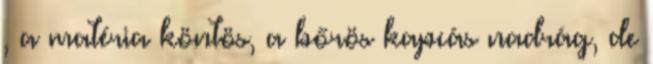
, a matéria köntös, a bőrös kapcás nadrág, de